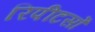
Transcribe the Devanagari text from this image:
रिपीटर्सों